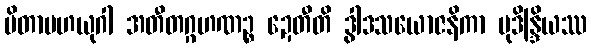
ပိတာမဟယုဂါ အတီတဂ္ဂဟဏဉ္စ ဍေတီတိ ဒွါဒသယောဇနိကာ မုဒိန္ဒြိယဿ